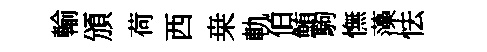
輸頒荷西桒軌伯鮪駒憮藻怯